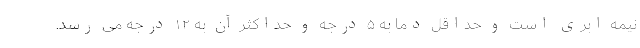
نیمه ابری است و حداقل دما به ۵ درجه و حداکثر آن به ۱۲ درجه می رسد.